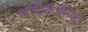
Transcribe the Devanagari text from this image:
अजीवजनित